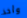
وأخذ